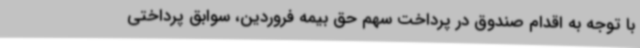
با توجه به اقدام صندوق در پرداخت سهم حق بیمه فروردین، سوابق پرداختی